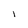
Character: l